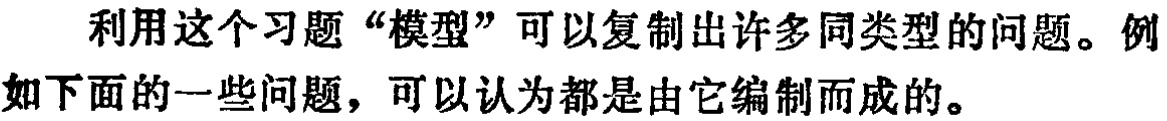
利用这个习题“模型”可以复制出许多同类型的问题。例如下面的一些问题，可以认为都是由它编制而成的。